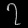
Digit: ၇